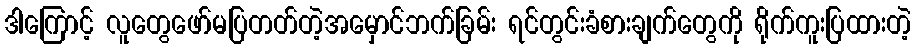
ဒါကြောင့် လူတွေဖော်မပြတတ်တဲ့အမှောင်ဘက်ခြမ်း ရင်တွင်းခံစားချက်တွေကို ရိုက်ကူးပြထားတဲ့